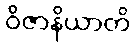
ဝိဇာနိယာတိ